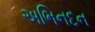
અભિનદન